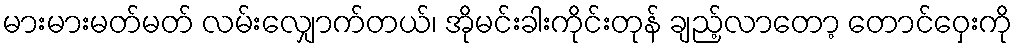
မားမားမတ်မတ် လမ်းလျှောက်တယ်၊ အိုမင်းခါးကိုင်းတုန် ချည့်လာတော့ တောင်ဝှေးကို